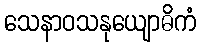
သေနာဝသနုယျောဓိကံ